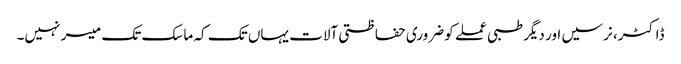
ڈاکٹر، نرسیں اور دیگر طبی عملے کو ضروری حفاظتی آلات یہاں تک کہ ماسک تک میسر نہیں۔